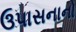
ઉપાસનાનો